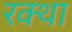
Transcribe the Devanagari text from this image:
रक्था